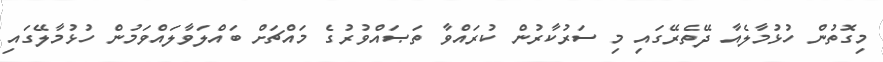
މިގޮތުން ހުޅުމާލެއާ ދޭތެރޭގައި މި ސަރުކާރުން ކުރައްވާ ތަޞައްވުރުގެ މައްޗަށް ބައްލަވާލައްވަމުން ހުޅުމާލޭގައި